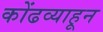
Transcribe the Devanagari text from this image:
कोंढव्याहून